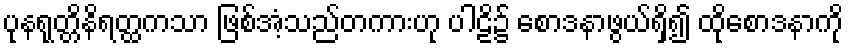
ပုနရုတ္တိနိရတ္ထကသာ ဖြစ်အံ့သည်တကားဟု ပါဠိ၌ စောဒနာဖွယ်ရှိ၍ ထိုစောဒနာကို